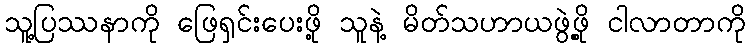
သူ့ပြဿနာကို ဖြေရှင်းပေးဖို့ သူနဲ့ မိတ်သဟာယဖွဲ့ဖို့ ငါလာတာကို